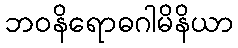
ဘဝနိရောဓဂါမိနိယာ